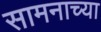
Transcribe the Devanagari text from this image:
सामनाच्या